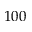
1 0 0